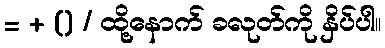
= + () / ထို့နောက် ခလုတ်ကို နှိပ်ပါ။